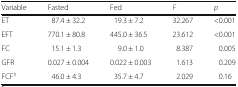
<table><thead><tr><td><b>Variable</b></td><td><b>Fasted</b></td><td><b>Fed</b></td><td><b><i>F</i></b></td><td><b><i>p</i></b></td></tr></thead><tbody><tr><td>ET</td><td>87.4 ± 32.2</td><td>19.3 ± 7.2</td><td>32.267</td><td>&lt;0.001</td></tr><tr><td>EFT</td><td>770.1 ± 80.8</td><td>445.0 ± 36.5</td><td>23.612</td><td>&lt;0.001</td></tr><tr><td>FC</td><td>15.1 ± 1.3</td><td>9.0 ± 1.0</td><td>8.387</td><td>0.005</td></tr><tr><td>GFR</td><td>0.027 ± 0.004</td><td>0.022 ± 0.003</td><td>1.613</td><td>0.209</td></tr><tr><td>FCF<sup>‡</sup></td><td>46.0 ± 4.3</td><td>35.7 ± 4.7</td><td>2.029</td><td>0.16</td></tr></tbody></table>